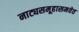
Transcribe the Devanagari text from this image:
नाट्यसमूहासमवेत